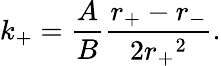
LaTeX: k_{+}=\frac{A}{B}\frac{r_{+}-r_{-}}{2{r_{+}}^{2}}.